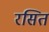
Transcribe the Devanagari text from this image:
रसित